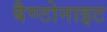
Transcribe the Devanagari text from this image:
बैण्टोनाइट